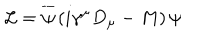
{ \cal L } = \overline { { { \psi } } } \left( i \gamma ^ { \mu } D _ { \mu } - M \right) \psi